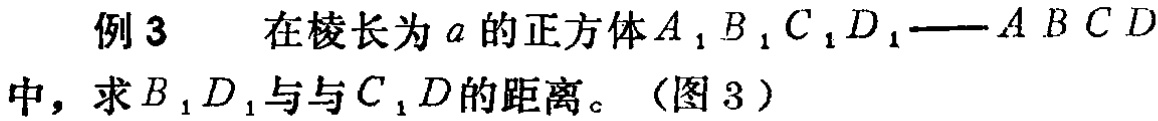
例3 在棱长为\(a\)的正方体\(A_{1}B_{1}C_{1}D_{1}—ABCD\)中，求\(B_{1}D_{1}\)与\(C_{1}D\)的距离。（图3）